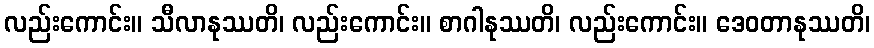
လည်းကောင်း။ သီလာနုဿတိ၊ လည်းကောင်း။ စာဂါနုဿတိ၊ လည်းကောင်း။ ဒေဝတာနုဿတိ၊